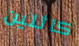
كاثلين